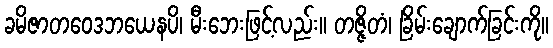
ခမိဇာတဝေဒဘယေနပိ၊ မီးဘေးဖြင့်လည်း။ တဇ္ဇိတံ၊ ခြိမ်းချောက်ခြင်းကို။